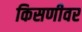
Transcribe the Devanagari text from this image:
किसणीवर